Calcutta medical institutions reports 1879-81 [i.e.91]
Year: 1879
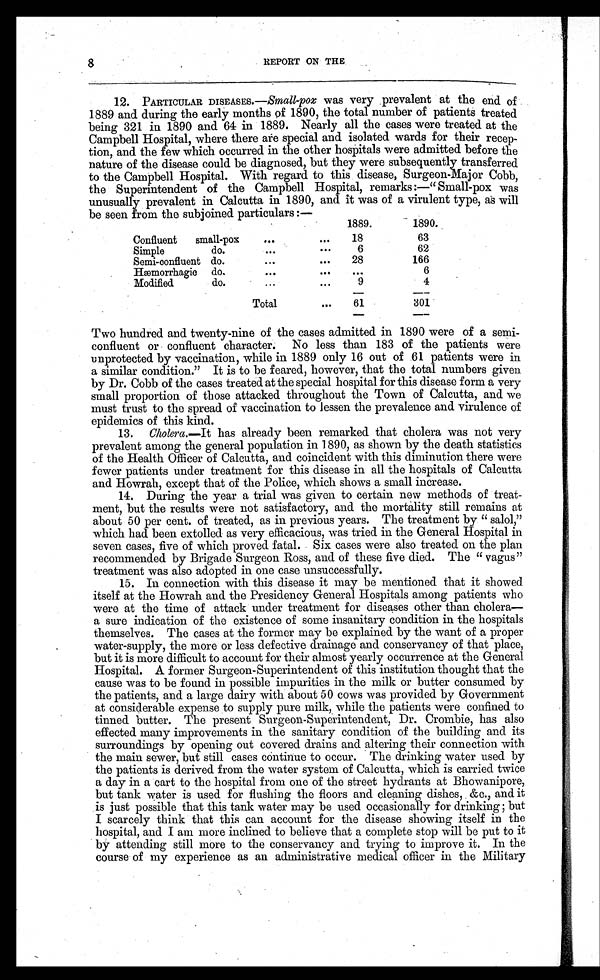
8
REPORT ON THE
12. PARTICULAR DISEASES.—Small-pox was very prevalent at the end of
1889 and during the early months of 1890, the total number of patients treated
being 321 in 1890 and 64 in 1889. Nearly all the cases were treated at the
Campbell Hospital, where there are special and isolated wards for their recep-
tion, and the few which occurred in the other hospitals were admitted before the
nature of the disease could be diagnosed, but they were subsequently transferred
to the Campbell Hospital. With regard to this disease, Surgeon-Major Cobb,
the Superintendent of the Campbell Hospital, remarks :—" Small-pox was
unusually prevalent in Calcutta in 1890, and it was of a virulent type, as will
be seen from the subjoined particulars :—
1889.
1890.
Confluent small-pox
. . .
. . .
18
63
Simple do.
. . .
. . .
6
62
Semi-confluent do.
. . .
. . .
28
166
Hæmorrhagic do.
...
. . .
. . .
6
Modified do.
...
. . .
9
4
Total
. . .
61
301
Two hundred and twenty-nine of the cases admitted in 1890 were of a semi-
confluent or confluent character. No less than 183 of the patients were
unprotected by vaccination, while in 1889 only 16 out of 61 patients were in
a similar condition." It is to be feared, however, that the total numbers given
by Dr. Cobb of the cases treated at the special hospital for this disease form a very
small proportion of those attacked throughout the Town of Calcutta, and we
must trust to the spread of vaccination to lessen the prevalence and virulence of
epidemics of this kind.
13.
Cholera .—It has already been remarked that cholera was not very
prevalent among the general population in 1890, as shown by the death statistics
of the Health Officer of Calcutta, and coincident with this diminution there were
fewer patients under treatment for this disease in all the hospitals of Calcutta
and Howrah, except that of the Police, which shows a small increase.
14. During the year a trial was given to certain new methods of treat-
ment, but the results were not satisfactory, and the mortality still remains at
about 50 per cent. of treated, as in previous years. The treatment by " salol,"
which had been extolled as very efficacious, was tried in the General Hospital in
seven cases, five of which proved fatal. Six cases were also treated on the plan
recommended by Brigade Surgeon Ross, and of these five died. The " vagus"
treatment was also adopted in one case unsuccessfully.
15. In connection with this disease it may be mentioned that it showed
itself at the Howrah and the Presidency General Hospitals among patients who
were at the time of attack under treatment for diseases other than cholera—
a sure indication of the existence of some insanitary condition in the hospitals
themselves. The cases at the former may be explained by the want of a proper
water-supply, the more or less defective drainage and conservancy of that place,
but it is more difficult to account for their almost yearly occurrence at the General
Hospital. A former Surgeon-Superintendent of this institution thought that the
cause was to be found in possible impurities in the milk or butter consumed by
the patients, and a large dairy with about 50 cows was provided by Government
at considerable expense to supply pure milk, while the patients were confined to
tinned butter. The present Surgeon-Superintendent, Dr. Crombie, has also
effected many improvements in the sanitary condition of the building and its
surroundings by opening out covered drains and altering their connection with
the main sewer, but still cases continue to occur. The drinking water used by
the patients is derived from the water system of Calcutta, which is carried twice
a day in a cart to the hospital from one of the street hydrants at Bhowanipore,
but tank water is used for flushing the floors and cleaning dishes &c., and it
is just possible that this tank water may be used occasionally for drinking; but
I scarcely think that this can account for the disease showing itself in the
hospital, and I am more inclined to believe that a complete stop will be put to it
by attending still more to the conservancy and trying to improve it. In the
course of my experience as an administrative medical officer in the Military